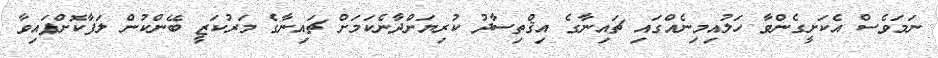
ނަމަވެސް އެކަށީގެންވާ ހަލުއިމިނެއްގައި ޗައިނާގެ އިޤްތިސާދު ކުރިޔަށްދާނެކަމަށް ޗައިނާގެ މަރުކަޒީ ބޭންކުން ލަފާކޮށްފައިވާ